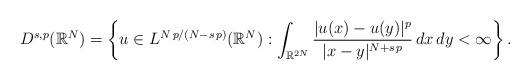
LaTeX: \begin{align*}D^{s,p}(\mathbb{R}^N)=\left\{u\in L^{{N\,p/(N-s\,p)}}(\mathbb{R}^N):\int_{\mathbb{R}^{2N}}\frac{|u(x)-u(y)|^p}{|x-y|^{N+s\,p}}\,dx\,dy<\infty\right\}.\end{align*}